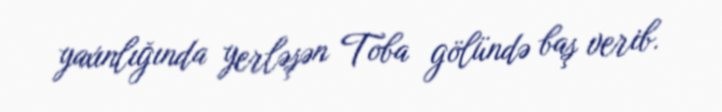
yaxınlığında yerləşən Toba gölündə baş verib.